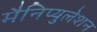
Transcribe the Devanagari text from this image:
मैनिप्युलेशन